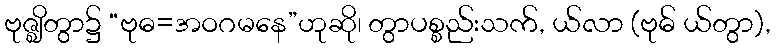
ဗုဇ္ဈိတွာ၌ “ဗုဓ=အဝဂမနေ”ဟုဆို၊ တွာပစ္စည်းသက်, ယ်လာ (ဗုဓ် ယ်တွာ),